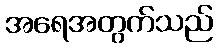
အရေအတွက်သည်